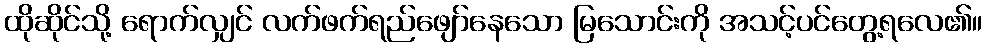
ထိုဆိုင်သို့ ရောက်လျှင် လက်ဖက်ရည်ဖျော်နေသော မြသောင်းကို အသင့်ပင်တွေ့ရလေ၏။